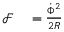
\begin{array} { r l } { \mathcal { F } } & { { } = \frac { \dot { \Phi } ^ { 2 } } { 2 R } } \end{array}